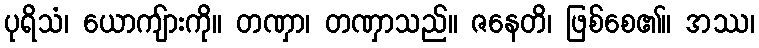
ပုရိသံ၊ ယောကျ်ားကို။ တဏှာ၊ တဏှာသည်။ ဇနေတိ၊ ဖြစ်စေ၏။ အဿ၊